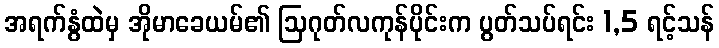
အရက်နွံထဲမှ အိုမာခေယမ်၏ ဩဂုတ်လကုန်ပိုင်းက ပွတ်သပ်ရင်း 1,5 ရင့်သန်